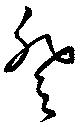
登